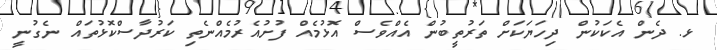
ޅ. ދެން އެކަކުން ދިހަޔަކަށް ތަރުތީބުން އެއްވެސް އޮޅުމެއް ފުށުއެރުމެއްނެތި ކަރުދާސްކޮޅުތައް ނެގުނީ